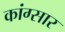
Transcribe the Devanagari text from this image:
कांग्सार